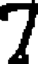
7